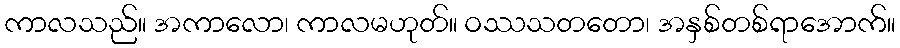
ကာလသည်။ အကာလော၊ ကာလမဟုတ်။ ဝဿသတတော၊ အနှစ်တစ်ရာအောက်။